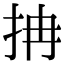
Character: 抩